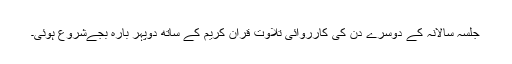
جلسہ سالانہ کے دوسرے دن کی کارروائی تلاوت قرآن کریم کے ساتھ دوپہر بارہ بجےشروع ہوئی۔